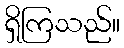
ရှိကြသည်။